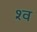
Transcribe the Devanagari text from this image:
श्‍व